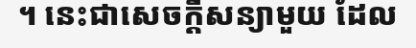
។ នេះជាសេចក្តីសន្យាមួយ ដែល